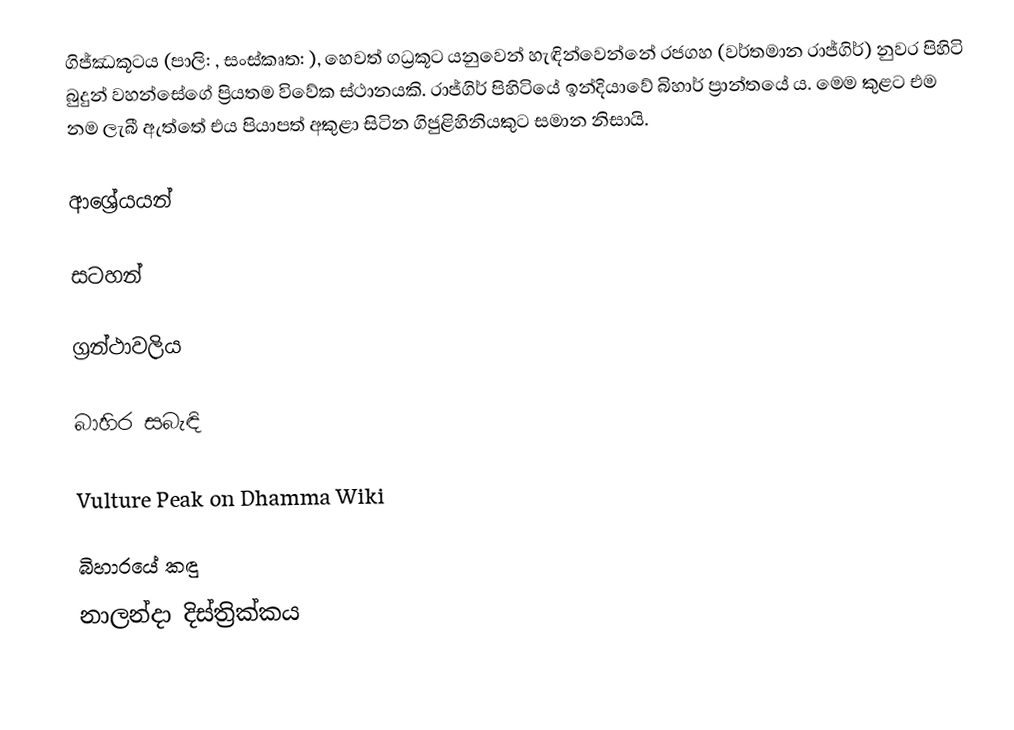
ගිජ්ඣකූටය (පාලි: , සංස්කෘත: ), හෙවත් ගධ්‍රකූට යනුවෙන් හැඳින්වෙන්නේ රජගහ (වර්තමාන රාජ්ගිර්) නුවර පිහිටි බුදුන් වහන්සේගේ ප්‍රියතම විවේක ස්ථානයකි. රාජ්ගිර් පිහිටියේ ඉන්දියාවේ බිහාර් ප්‍රාන්තයේ ය. මෙම කුළට එම නම ලැබී ඇත්තේ එය පියාපත් අකුළා සිටින ගිජුළිහිනියකුට සමාන නිසායි.

ආශ්‍රේයයන්

සටහන්

ග්‍රන්ථාවලිය

බාහිර සබැඳි

 Vulture Peak on Dhamma Wiki

බිහාරයේ කඳු
නාලන්දා දිස්ත්‍රික්කය